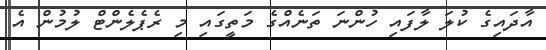
އާދައިގެ ކުލަ ލާފައި ހުންނަ ތަނެއްގެ މަތީގައި މި ރެޕެލެންޓް ލުމުން އެ